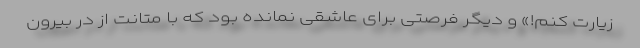
زیارت کنم!» و دیگر فرصتی برای عاشقی نمانده بود که با متانت از در بیرون